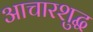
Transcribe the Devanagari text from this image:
आचारशुद्ध